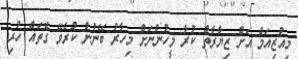
މިއުޒިއަމް އަށް ޒިޔާރާތް ކުރާ މީހުންނަށް މިހާރު ބޭނުން ކުރެވޭ ގޮތައް ހުރި